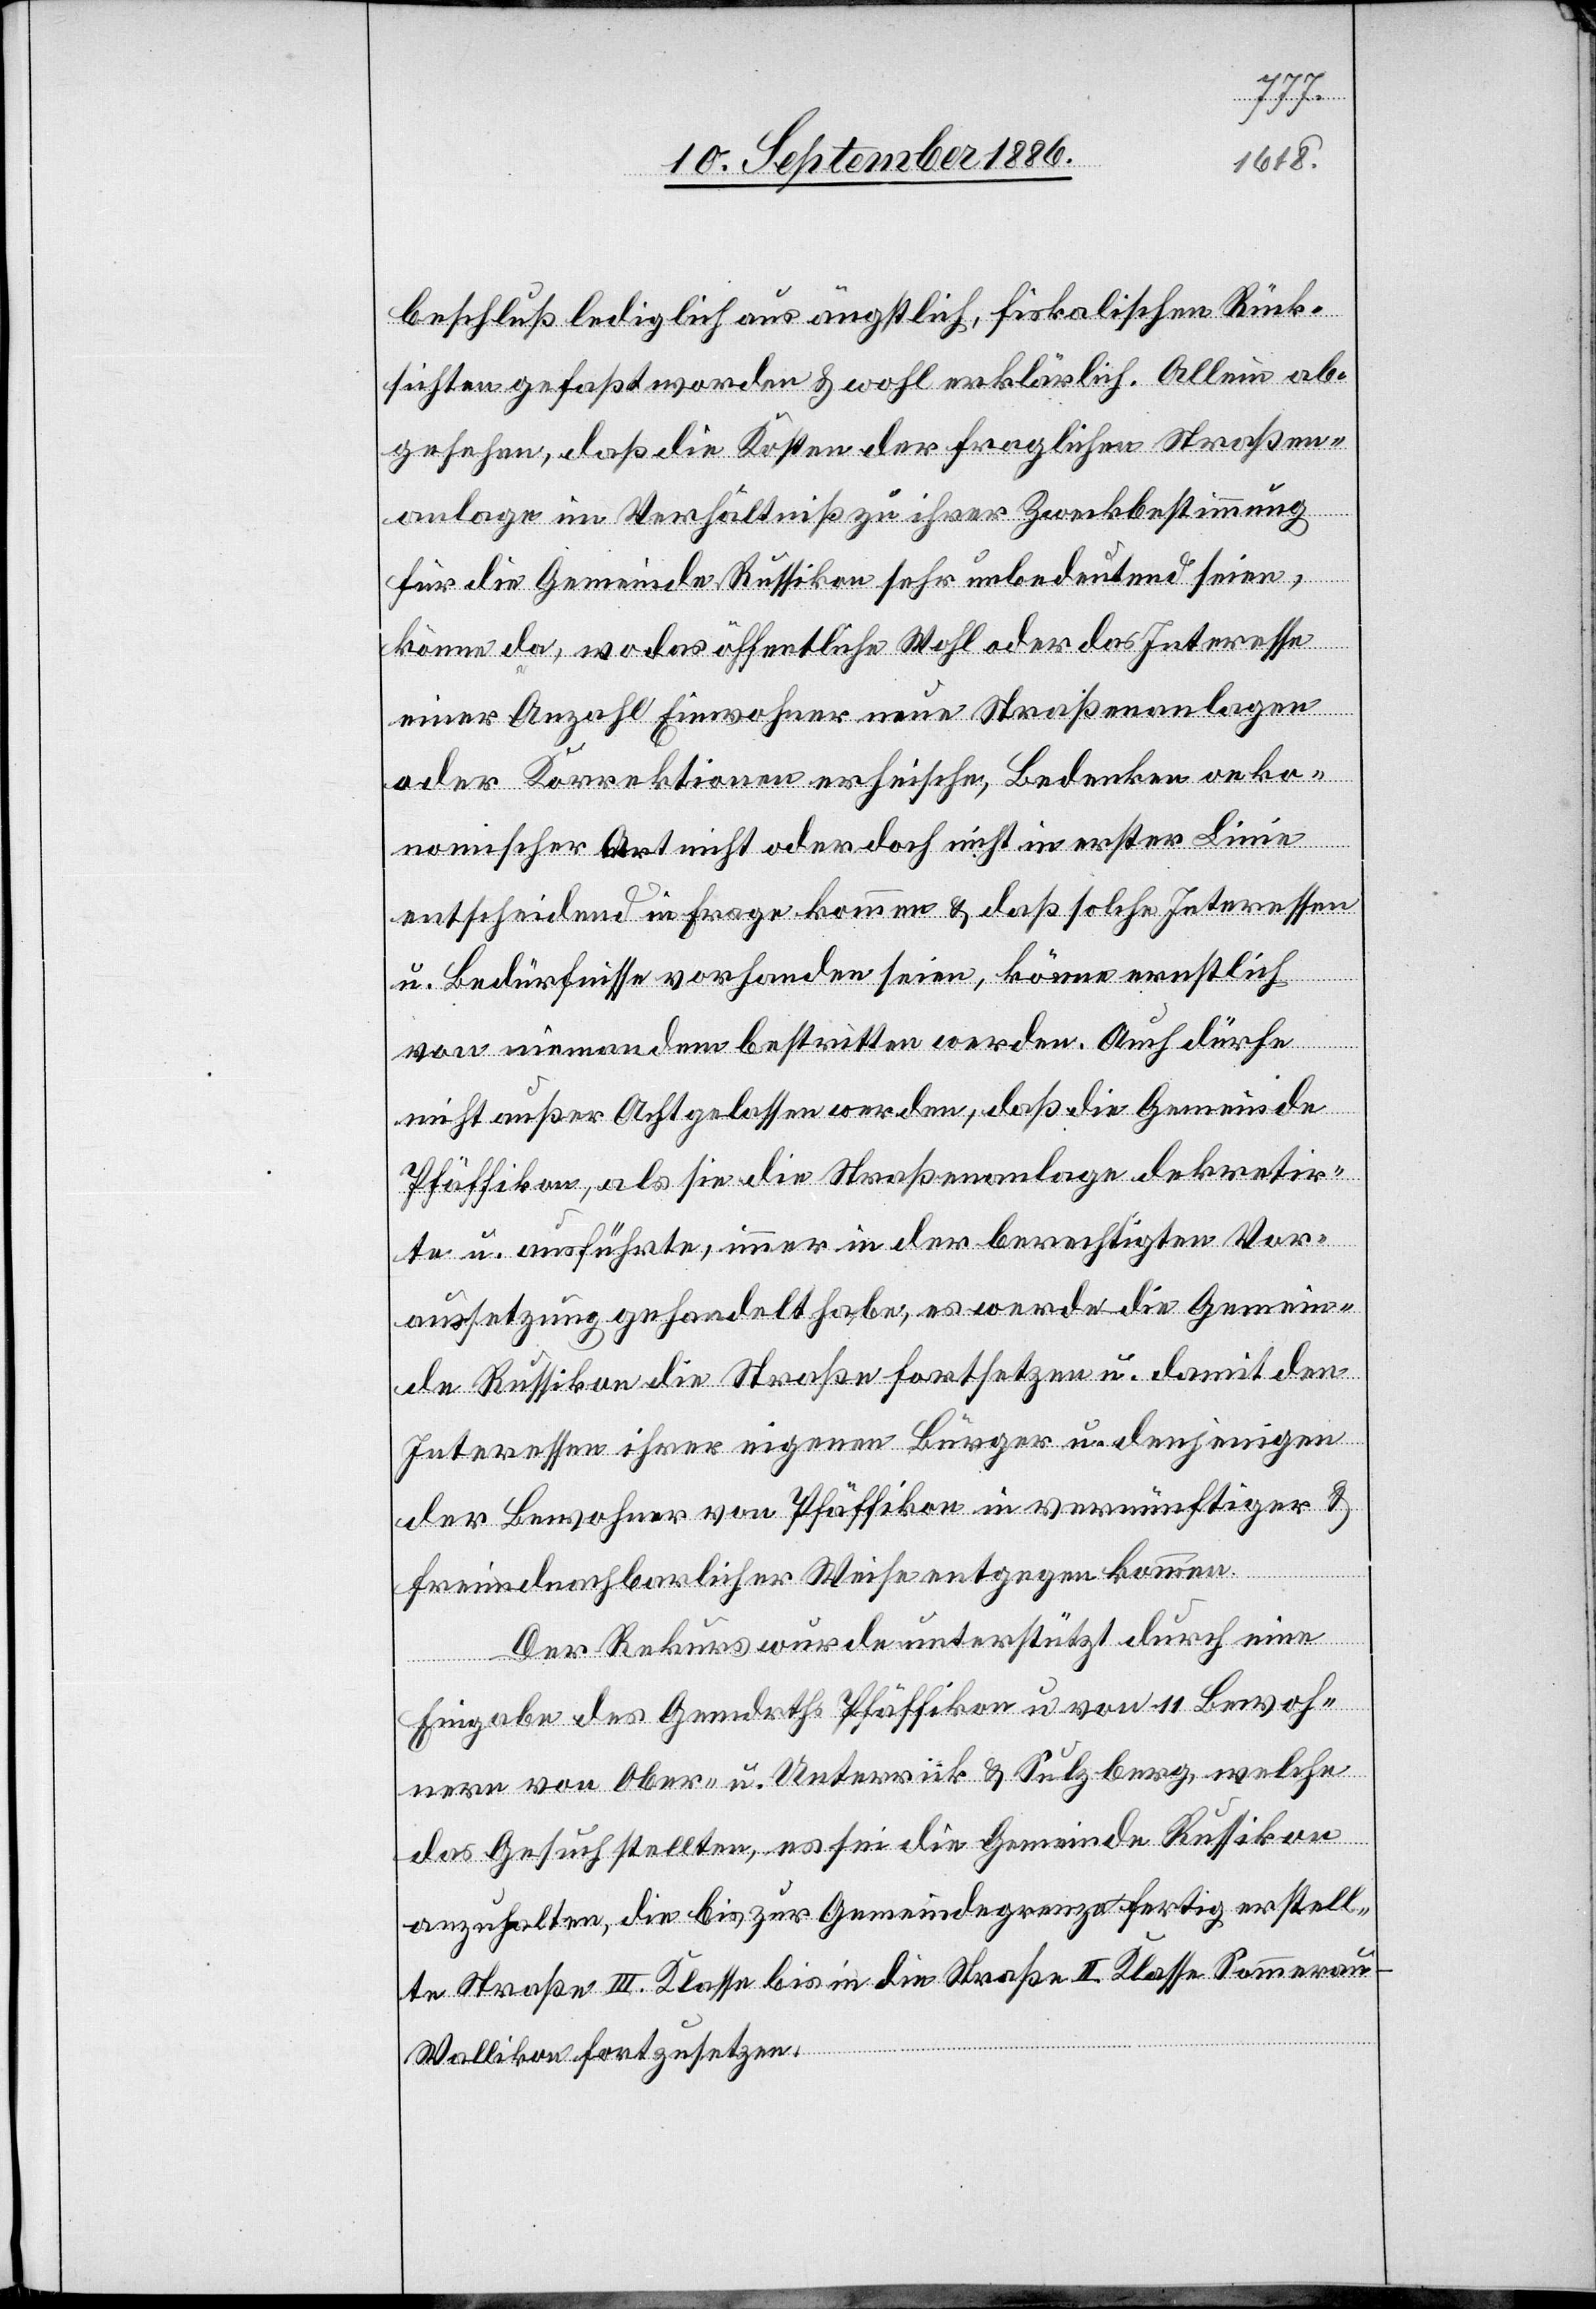
Rück¬
sichten gefaßt worden & wohl erklärlich. Allein ab¬
gesehen, daß die Kosten der fraglichen Straßen¬
anlage im Verhältniß zu ihrer Zweckbestimmung
für die Gemeinde Russikon sehr unbedeutend seien,
könne da, wo das öffentliche Wohl oder das Interesse
einer Anzahl Einwohner neue Straßenanlagen
oder Korrektionen erheische, Bedenken oeko¬
nomischer Art nicht oder doch nicht in erster Linie
entscheidend in Frage kommen & daß solche Interessen
u. Bedürfnisse vorhanden seien, könne ernstlich
von niemandem bestritten werden. Auch dürfe
nicht außer Acht gelassen werden, daß die Gemeinde
Pfäffikon, als sie die Straßenanlage dekretir¬
te u. ausführte, immer in der berechtigten Vor¬
aussetzung gehandelt habe, es werde die Gemein¬
de Russikon die Straße fortsetzen u. damit den
Interessen ihrer eigenen Bürger u. denjenigen
der Bewohner von Pfäffikon in vernünftiger &
freundnachbarlicher Weise entgegen kommen.
Der Rekurs wurde unterstützt durch eine
Eingabe des Gemdrths Pfäffikon u. von 11 Bewoh¬
nern von Ober- u. Unterrick & Sulzberg, welche
das Gesuch stellten, es sei die Gemeinde Russikon
anzuhalten, die bis zur Gemeindegrenze fertig erstell¬
te Straße III. Klasse bis in die Straße II. Klasse Sommera¬
u–Wallikon fortzusetzen.